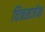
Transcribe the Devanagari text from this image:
चित्रसर्जन